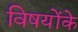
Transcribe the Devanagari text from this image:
विषयोंके